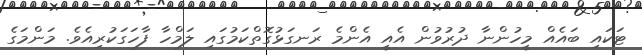
ޓަކައި ބައެއް މީހުންނާ ދުރުވުން އެއީ އެންމެ ރަނގަޅުގޮތްކަމުގައި ލަމްހާ ފާހަގަކުރިއެވެ. މަންމަގެ